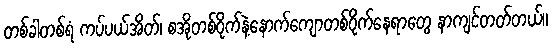
တစ်ခါတစ်ရံ ကပ်ပယ်အိတ်၊ စအိုတစ်ဝိုက်နဲ့နောက်ကျောတစ်ဝိုက်နေရာတွေ နာကျင်တတ်တယ်။